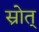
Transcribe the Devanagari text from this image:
स्रोत्